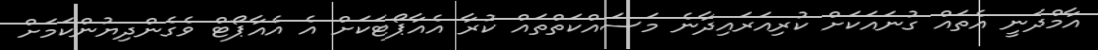
އާމްދަނީ އެތައް ގުނައަކަށް ކުރިއަރައިދާނެ މަސައްކަތްތައް ކުރާ އެއާޕޯޓަކަށް އެ އެއާޕޯޓް ވެގެންދިޔުންކަމަށް